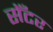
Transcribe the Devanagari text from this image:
सेँटर